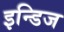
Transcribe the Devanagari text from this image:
इन्डिज